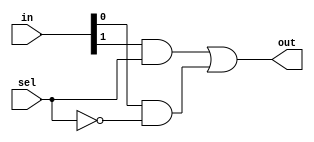
`timescale 1ns / 1ps
///////////////////////////////////////////////////////////////////////////////////////
//John Wright & Danny Peters
//University of Kentucky
//EE480 Spring 2011
//DV Final Project
//
//MUX_2x1.v
//
//A 2x1 multiplexer.
//
///////////////////////////////////////////////////////////////////////////////////////
module MUX_2x1(in, sel, out);
    input [1:0]in;  //inputs
    input sel;      //select line
    output out;     //output
    
    wire [2:0]w;    //wires
    
    not(w[0], sel);
    and(w[1], in[0], w[0]);
    and(w[2], in[1], sel);
    or(out, w[2], w[1]);

endmodule